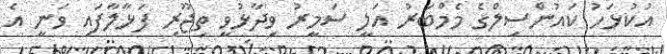
އުކުޅަހު ކައުންސިލްގެ މެމްބަރު އަލީ ސަމީރު ވިދާޅުވީ ތިޖޫރި ފަޅާލާފައި ވަނީ އެ